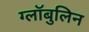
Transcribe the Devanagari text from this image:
ग्लॉबुलिन